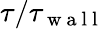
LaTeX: \tau/\tau_{\mathrm{~w~a~l~l~}}